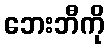
ဘေးဘီကို